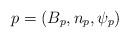
LaTeX: \begin{align*}p = (B_p,n_p,\psi_p)\end{align*}